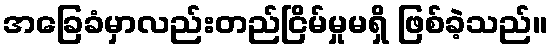
အခြေခံမှာလည်းတည်ငြိမ်မှုမရှိ ဖြစ်ခဲ့သည်။